Annual report of the Bengal Veterinary College and of the Civil Veterinary Department, Bengal, for the year 1920-21 - 1920-1921
Year: 1920
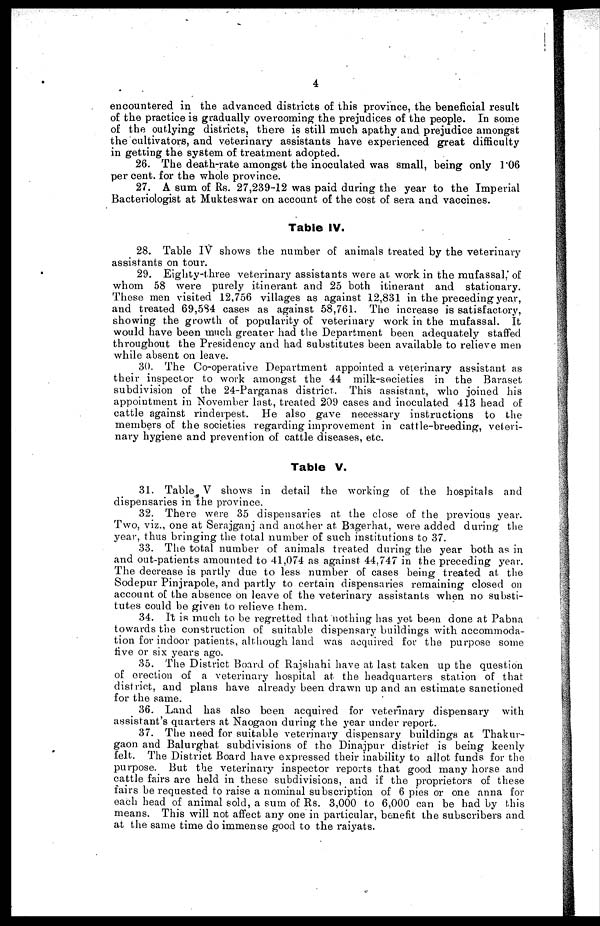
4
encountered in the advanced districts of this province, the beneficial result
of the practice is gradually overcoming the prejudices of the people. In some
of the outlying districts, there is still much apathy and prejudice amongst
the cultivators, and veterinary assistants have experienced great difficulty
in getting the system of treatment adopted.
26. The death-rate amongst the inoculated was small, being only 1.06
per cent. for the whole province.
27. A sum of Rs. 27,239-12 was paid during the year to the Imperial
Bacteriologist at Mukteswar on account of the cost of sera and vaccines.
Table IV.
28. Table IV shows the number of animals treated by the veterinary
assistants on tour.
29. Eighty-three veterinary assistants were at work in the mufassal. of
whom 58 were purely itinerant and 25 both itinerant and stationary.
These men visited 12,756 villages as against 12,831 in the preceding year,
and treated 69,584 cases as against 58,761. The increase is satisfactory,
showing the growth of popularity of veterinary work in the mufassal. It
would have been much greater had the Department been adequately staffed
throughout the Presidency and had substitutes been available to relieve men
while absent on leave.
30. The Co-operative Department appointed a veterinary assistant as
their inspector to work amongst the 44 milk-societies in the Baraset
subdivision of the 24-Parganas district. This assistant, who joined his
appointment in November last, treated 209 cases and inoculated 413 head of
cattle against rinderpest. He also gave necessary instructions to the
members of the societies regarding improvement in cattle-breeding, veteri-
nary hygiene and prevention of cattle diseases, etc.
Table V.
31. Table V shows in detail the working of the hospitals and
dispensaries in the province.
32. There were 35 dispensaries at the close of the previous year.
Two, viz., one at Serajganj and another at Bagerhat, were added during the
year, thus bringing the total number of such institutions to 37.
33. The total number of animals treated during the year both as in
and out-patients amounted to 41,074 as against 44,747 in the preceding year.
The decrease is partly due to less number of cases being treated at the
Sodepur Pinjrapole, and partly to certain dispensaries remaining closed on
account of the absence on leave of the veterinary assistants when no substi-
tutes could be given to relieve them.
34. It is much to be regretted that nothing has yet been done at Pabna
towards the construction of suitable dispensary buildings with accommoda-
tion for indoor patients, alt hough land was acquired for the purpose some
rive or six years ago.
35. The District Board of Rajshahi have at last taken up the question
of erection of a veterinary hospital at the headquarters station of that
district, and plans have already been drawn up and an estimate sanctioned
for the same.
36. Land has also been acquired for veterinary dispensary with
assistant's quarters at Naogaon during the year under report.
37. The need for suitable veterinary dispensary buildings at Thakur-
gaon and Balurghat subdivisions of the Dinajpur district is being keenly
felt. The District Board have expressed their inability to allot funds for the
purpose. But the veterinary inspector reports that good many horse and
cattle fairs are held in these subdivisions, and if the proprietors of these
lairs be requested to raise a nominal subscription of 6 pies or one anna for
each head of animal sold, a sum of Rs. 3,000 to 6,000 can be had by this
means. This will not affect any one in particular, benefit the subscribers and
at the same time do immense good to the raiyats.